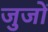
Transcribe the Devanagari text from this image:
जुजों